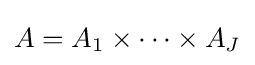
A=A_{1}\times \cdots \times A_{J}